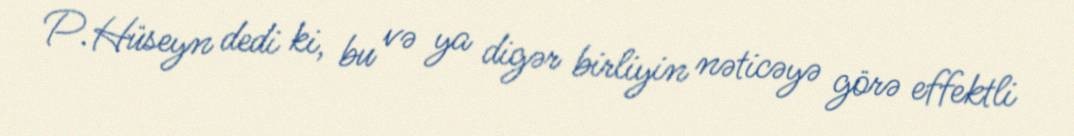
P.Hüseyn dedi ki, bu və ya digər birliyin nəticəyə görə effektli